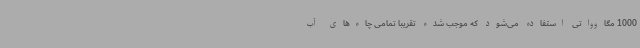
1000 مگاوواتی استفاده می‌شود که موجب شده تقریباً تمامی چاه‌های آب